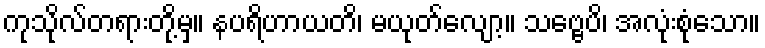
ကုသိုလ်တရားတို့မှ။ နပရိဟာယတိ၊ မယုတ်လျော့။ သဗ္ဗေပိ၊ အလုံးစုံသော။